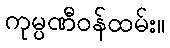
ကုမ္ပဏီဝန်ထမ်း။